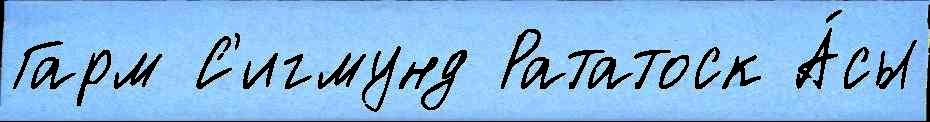
Гарм С'игмунд Рататоск А́сы